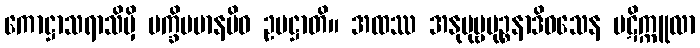
ကောဋ္ဌာသရာသိမှိ ပက္ခိပမာနမိဝ ဥပဋ္ဌာတိ။ အထဿ အနုပုဗ္ဗမုဉ္စနာဒိဝသေန ပဋိက္ကူလာ